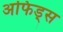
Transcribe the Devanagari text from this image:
अफिड्स